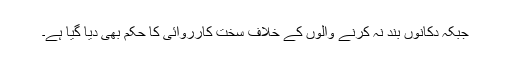
جبکہ دکانوں بند نہ کرنے والوں کے خلاف سخت کارروائی کا حکم بھی دیا گیا ہے۔